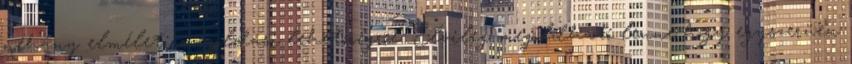
néhány elméleti megoldási lehetõségrõl. Elvileg megoldható lenne hogy egyszerüen